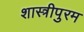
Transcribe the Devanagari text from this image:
शास्त्रीपुरम